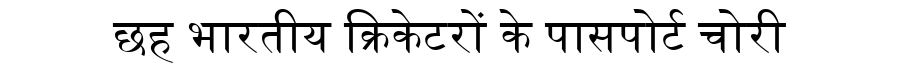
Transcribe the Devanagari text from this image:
छह भारतीय क्रिकेटरों के पासपोर्ट चोरी